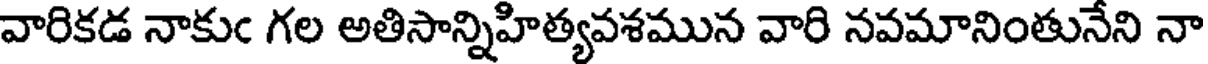
వారికడ నాకుఁ గల అతిసాన్నిహిత్యవశమున వారి నవమానింతునేని నా